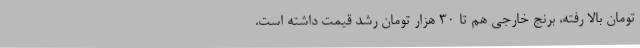
تومان بالا رفته، برنج خارجی هم تا ۳۰ هزار تومان رشد قیمت داشته است.